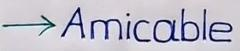
--> Amicable